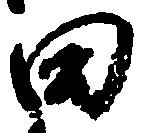
田